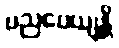
ပညပေယျန္တိ